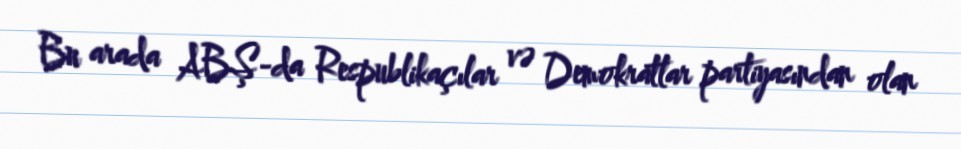
Bu arada ABŞ-da Respublikaçılar və Demokratlar partiyasından olan